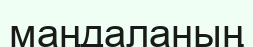
маңдаланың